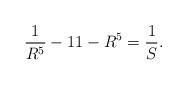
LaTeX: \begin{align*} \frac{1}{R^{5}}-11-R^{5} = \frac{1}{S}. \end{align*}